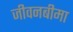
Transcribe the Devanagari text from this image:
जीवनबीमा